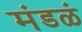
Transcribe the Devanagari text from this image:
मंडळं